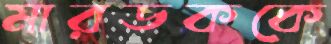
মারডককে